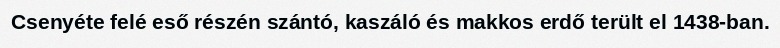
Csenyéte felé eső részén szántó, kaszáló és makkos erdő terült el 1438-ban.